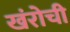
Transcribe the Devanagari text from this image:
खंरोची